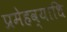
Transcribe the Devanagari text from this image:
प्रमेहव्याधि